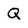
Character: Q